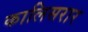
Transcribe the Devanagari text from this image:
कालिसरार